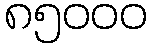
၈၅၀၀၀